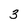
Character: 3